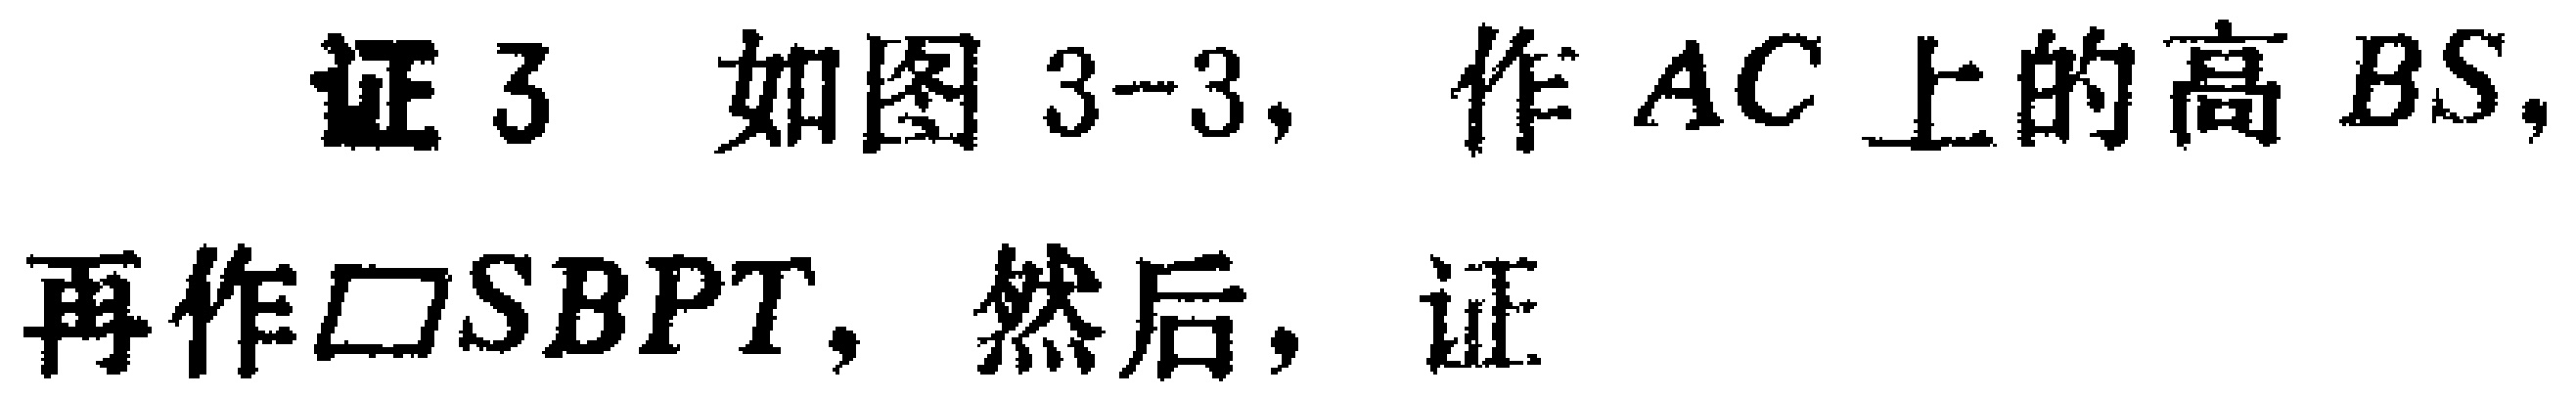
证3 如图3-3，作 \(AC\) 上的高 \(BS\)，再作\(\square SBPT\)，然后，证